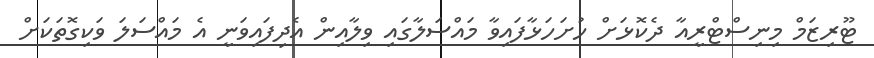
ޓޫރިޒަމް މިނިސްޓްރީއާ ދެކޮޅަށް ހުށަހަޅާފައިވާ މައްސަލާގައި ވިލާއިން އެދިފައިވަނީ އެ މައްސަލަ ވަކިގޮތަކަށް